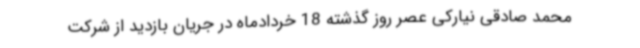
محمد صادقی نیارکی عصر روز گذشته 18 خردادماه در جریان بازدید از شرکت